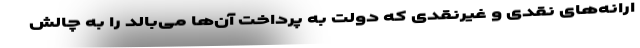
ارانه‌های نقدی و غیرنقدی که دولت به پرداخت آن‌ها می‌بالد را به چالش